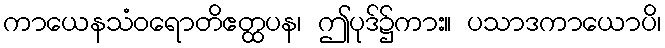
ကာယေနသံဝရောတိဧတ္ထပန၊ ဤပုဒ်၌ကား။ ပသာဒကာယောပိ၊